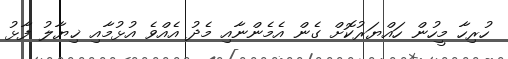
ހުރިހާ މީހުން ހައްޔަރުކޮށް ގެން އެމެންނާއި މެދު އެއްވެ އުޅުމާއި ޚިޔާލު ފާޅު